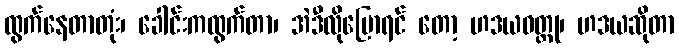
ထွက်နေတာတုံး၊ ခေါင်းကထွက်တာ၊ အဲဒီလိုပြောရင် တော့ ဟဒယဝတ္ထု၊ ဟဒယဆိုတာ